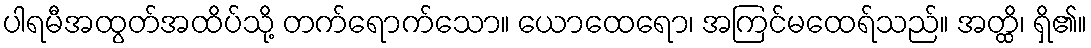
ပါရမီအထွတ်အထိပ်သို့ တက်ရောက်သော။ ယောထေရော၊ အကြင်မထေရ်သည်။ အတ္ထိ၊ ရှိ၏။